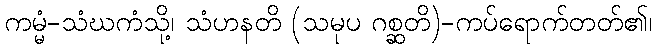
ကမ္မံ-သံဃကံသို့၊ သံဟနတိ (သမုပ ဂစ္ဆတိ)-ကပ်ရောက်တတ်၏၊